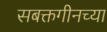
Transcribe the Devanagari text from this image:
सबक्तगीनच्या